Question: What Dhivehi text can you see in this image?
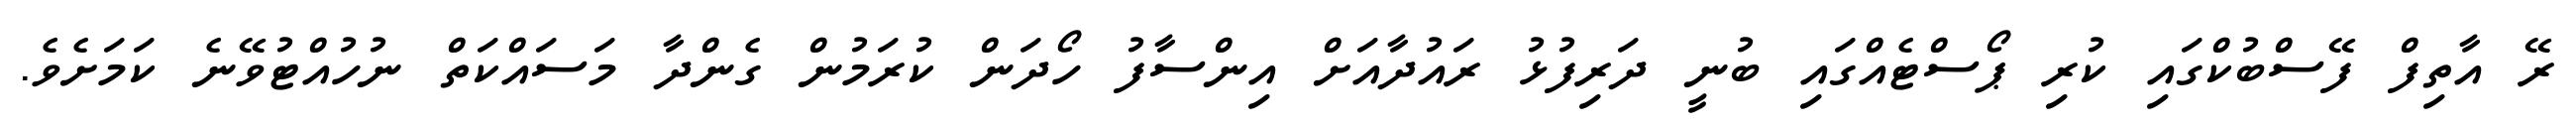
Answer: ރޭ އާތިފް ފޭސްބުކްގައި ކުރި ޕޯސްޓެއްގައި ބުނީ ދަރިފުޅު ރައުދާއަށް އިންސާފު ހޯދަން ކުރަމުން ގެންދާ މަސައްކަތް ނުހުއްޓުވޭނެ ކަމަށެވެ.